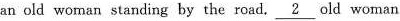
an old woman standing by the road. \underline{2} old woman